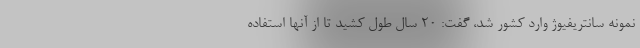
نمونه سانتریفیوژ وارد کشور شد، گفت: ۲۰ سال طول کشید تا از آنها استفاده